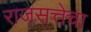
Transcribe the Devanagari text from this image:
राजसत्तेचा